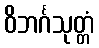
ဝိဘင်္ဂသုတ္တံ